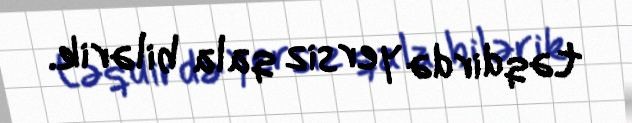
təqdirdə yersiz qala bilərik.